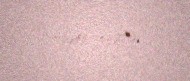
+994513532791